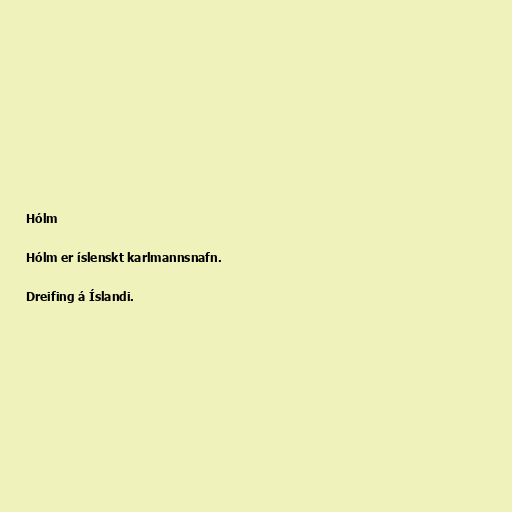
Hólm

Hólm er íslenskt karlmannsnafn.

Dreifing á Íslandi.